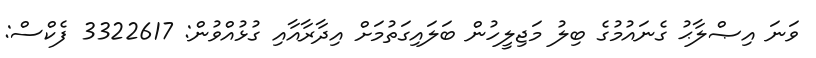
ވަނަ އިޞްލާޙު ގެނައުމުގެ ބިލު މަޖިލީހުން ބަލައިގަތުމަށް އިދާރާއާއި ގުޅުއްވުން: 3322617 ފެކްސް: